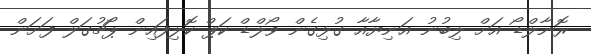
ރޮނާލްޑޯ އަށް ލިބުނު އަނިޔާއާ ގުޅިގެން ވޯލްޑް ކަޕް ކޮލިފައިން ޕޯޗުގަލް ފަށަން